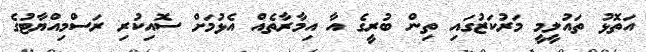
އަތޮޅު ތައުލީމީ މަރުކަޒުގައި ތިން ބުރީގެ އާ އިމާރާތެއް އެޅުމަށް ސޮއިކުރި ރަސްމިއްޔާޓުގެ